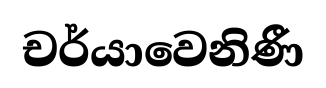
චර්යාවෙනිණී